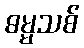
ဓမ္မသစ်